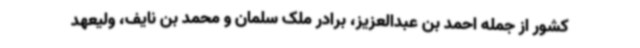
کشور از جمله احمد بن عبدالعزیز، برادر ملک سلمان و محمد بن نایف، ولیعهد